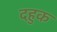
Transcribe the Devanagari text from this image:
दहुक